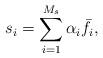
LaTeX: \begin{align*}s_i = \sum^{M_s}_{i=1}\alpha_i \bar{f}_{i} ,\end{align*}